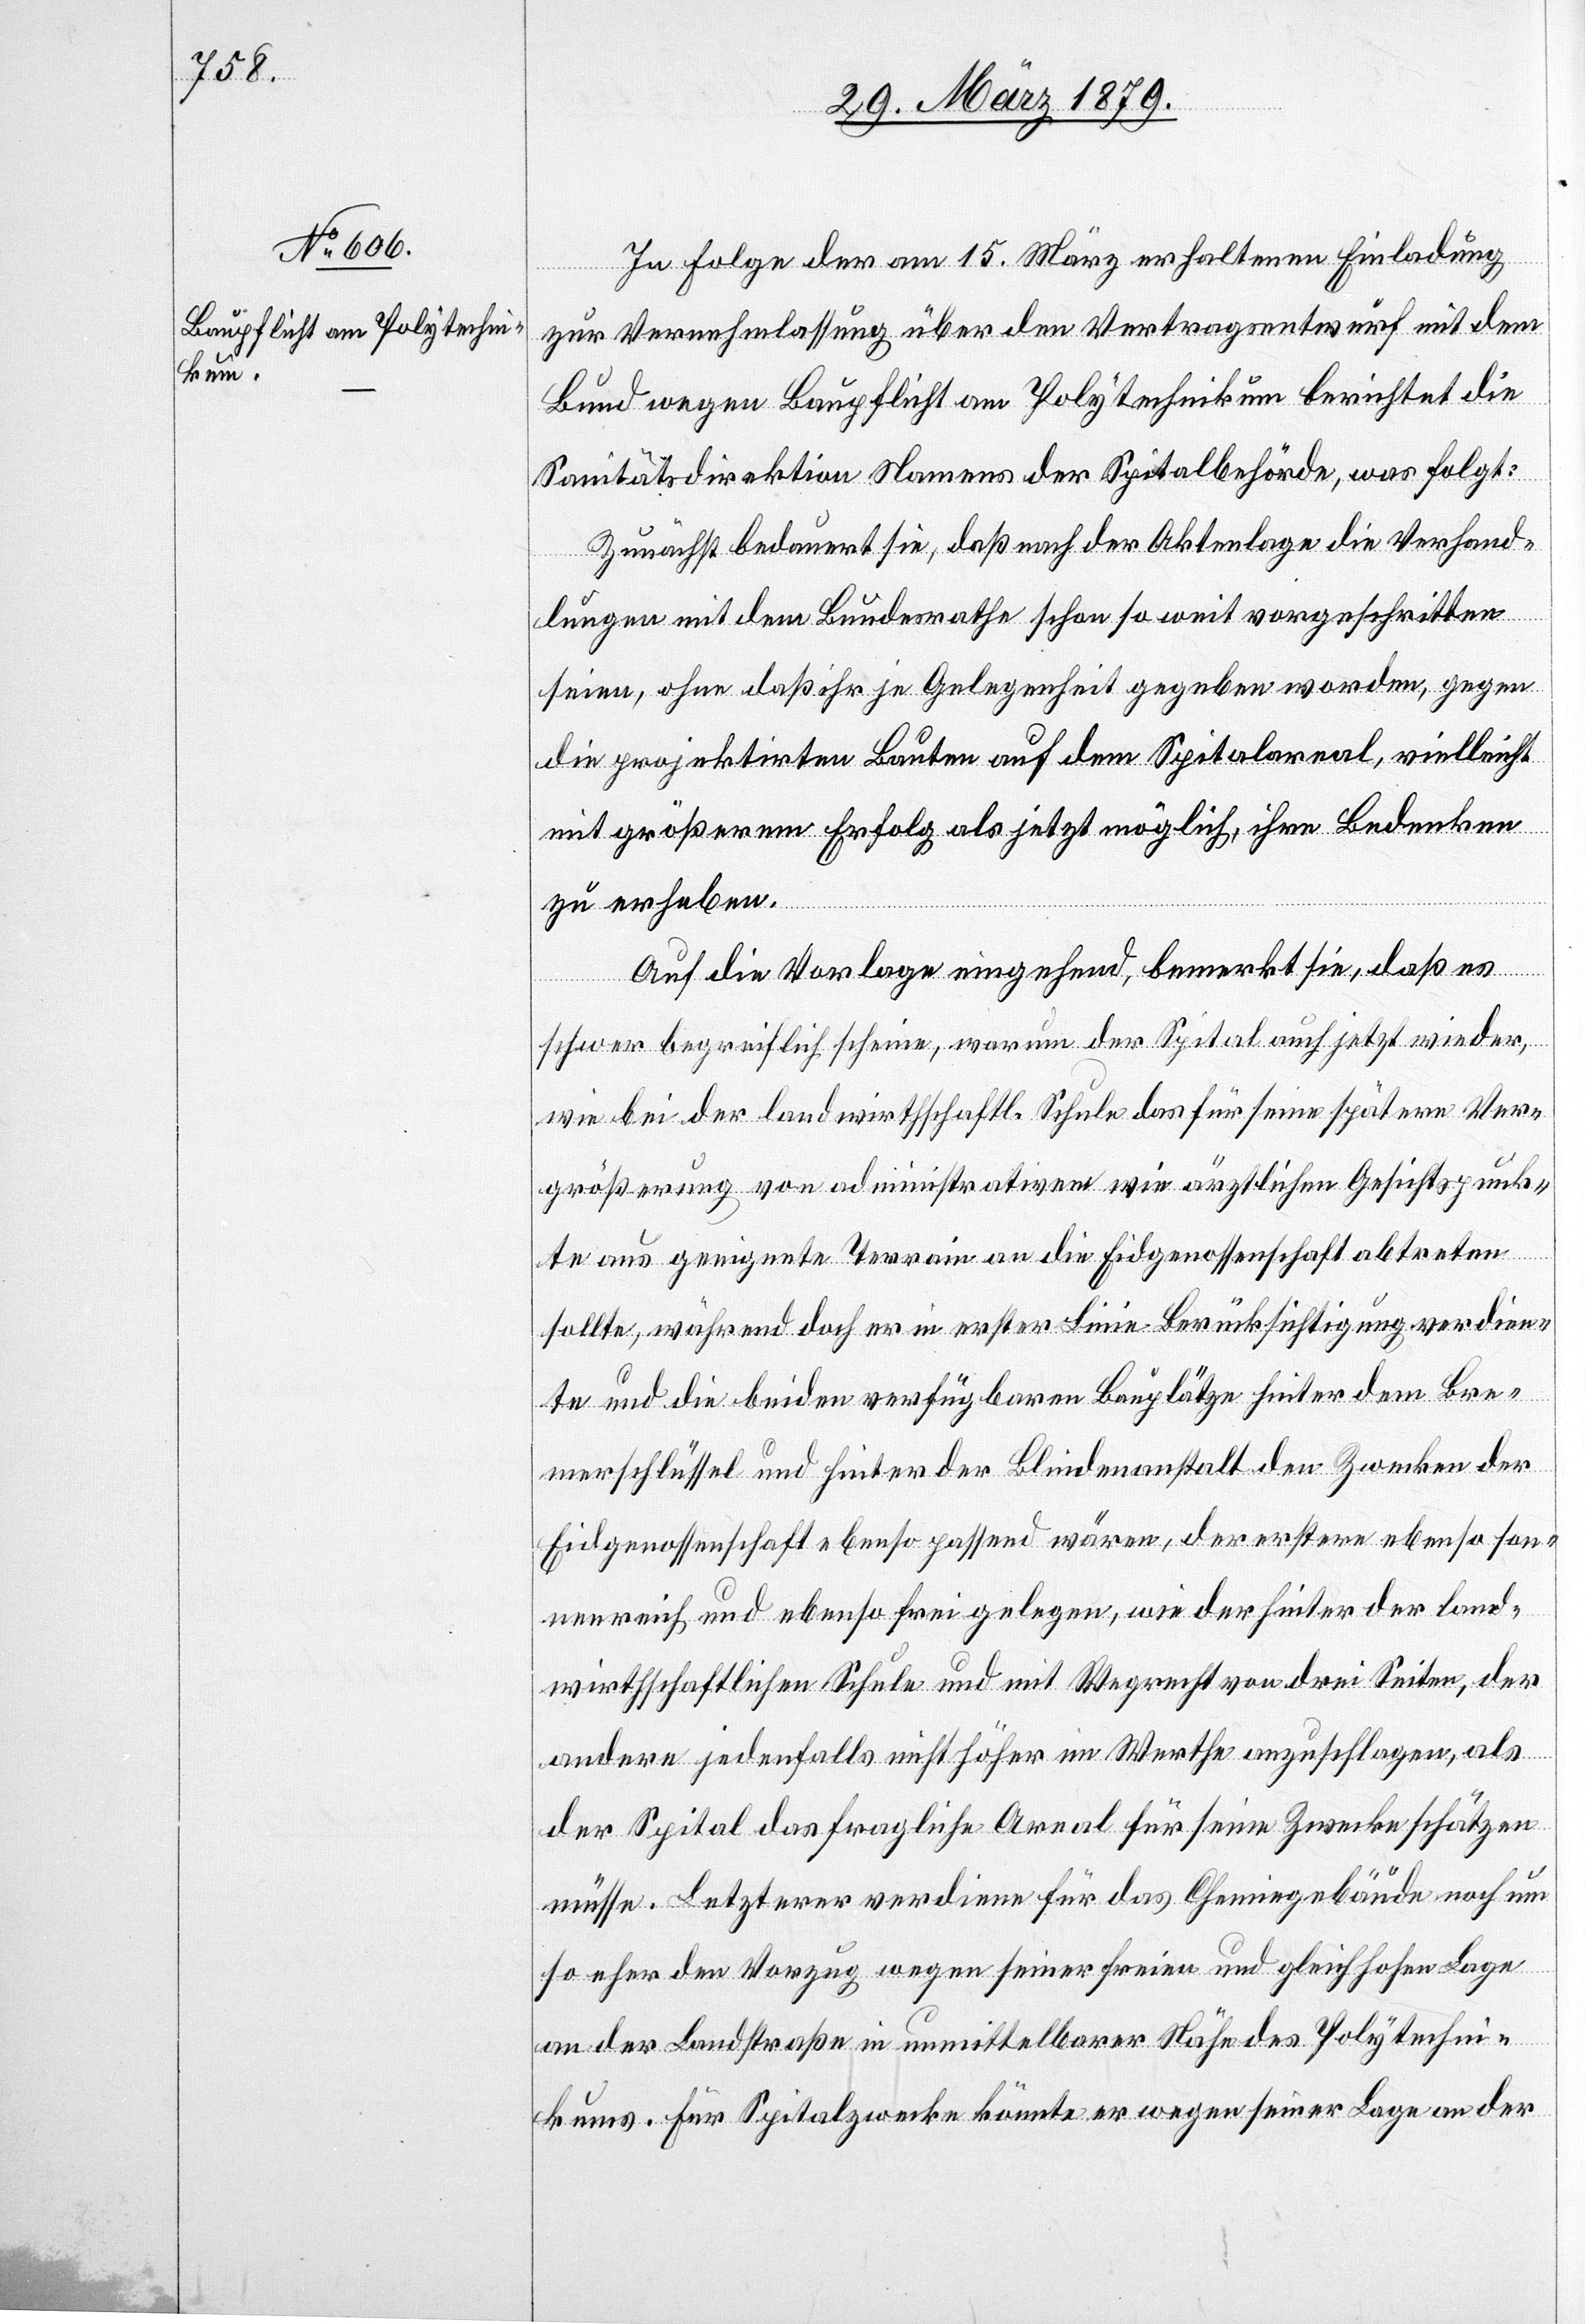
In Folge der am 15. März erhaltenen Einladung
zur Vernehmlassung über den Vertragsentwurf mit dem
Bund wegen Baupflicht am Polytechnikum berichtet die
Sanitätsdirektion Namens der Spitalbehörde, was folgt:
Zunächst bedauert sie, daß nach der Aktenlage die Verhand¬
lungen mit dem Bundesrathe schon so weit vorgeschritten
seien, ohne daß ihr je Gelegenheit gegeben worden, gegen
die projektirten Bauten auf dem Spitalareal, vielleicht
mit größerem Erfolg als jetzt möglich, ihre Bedenken
zu erheben.
Auf die Vorlage eingehend, bemerkt sie, daß es
schwer begreiflich scheine, warum der Spital auch jetzt wieder,
wie bei der landwirthschaftl. Schule das für seine spätere Ver¬
größerung von administrativen wie ärztlichen Gesichtspunk¬
te aus geeignete Terrain an die Eidgenossenschaft abtreten
sollte, während doch er in erster Linie Berücksichtigung verdien¬
te und die beiden verfügbaren Bauplätze hinter dem Bre¬
merschlüssel und hinter der Blindenanstalt den Zwecken der
Eidgenossenschaft ebenso passend wären, der erstere ebenso son¬
nenreich und ebenso frei gelegen, wie der hinter der land¬
wirthschaftlichen Schule und mit Wegrecht von drei Seiten, der
andere jedenfalls nicht höher im Werthe anzuschlagen, als
der Spital das fragliche Areal für seine Zwecke schätzen
müsse. Letzterer verdiene für das Chemiegebäude noch um
so eher den Vorzug wegen seiner freien und gleich hohen Lage
an der Landstraße in unmittelbarer Nähe des Polytechni¬
kums. Für Spitalzwecke könnte er wegen seiner Lage an der